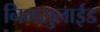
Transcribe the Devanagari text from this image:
निमसुलाईड